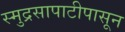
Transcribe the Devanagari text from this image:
स्मुद्रसापाटीपासून